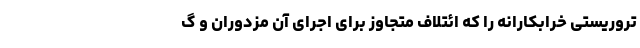
تروریستی خرابکارانه را که ائتلاف متجاوز برای اجرای آن مزدوران و گ